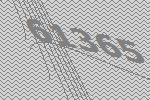
61365